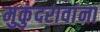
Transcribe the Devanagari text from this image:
मुकुंदरावांना